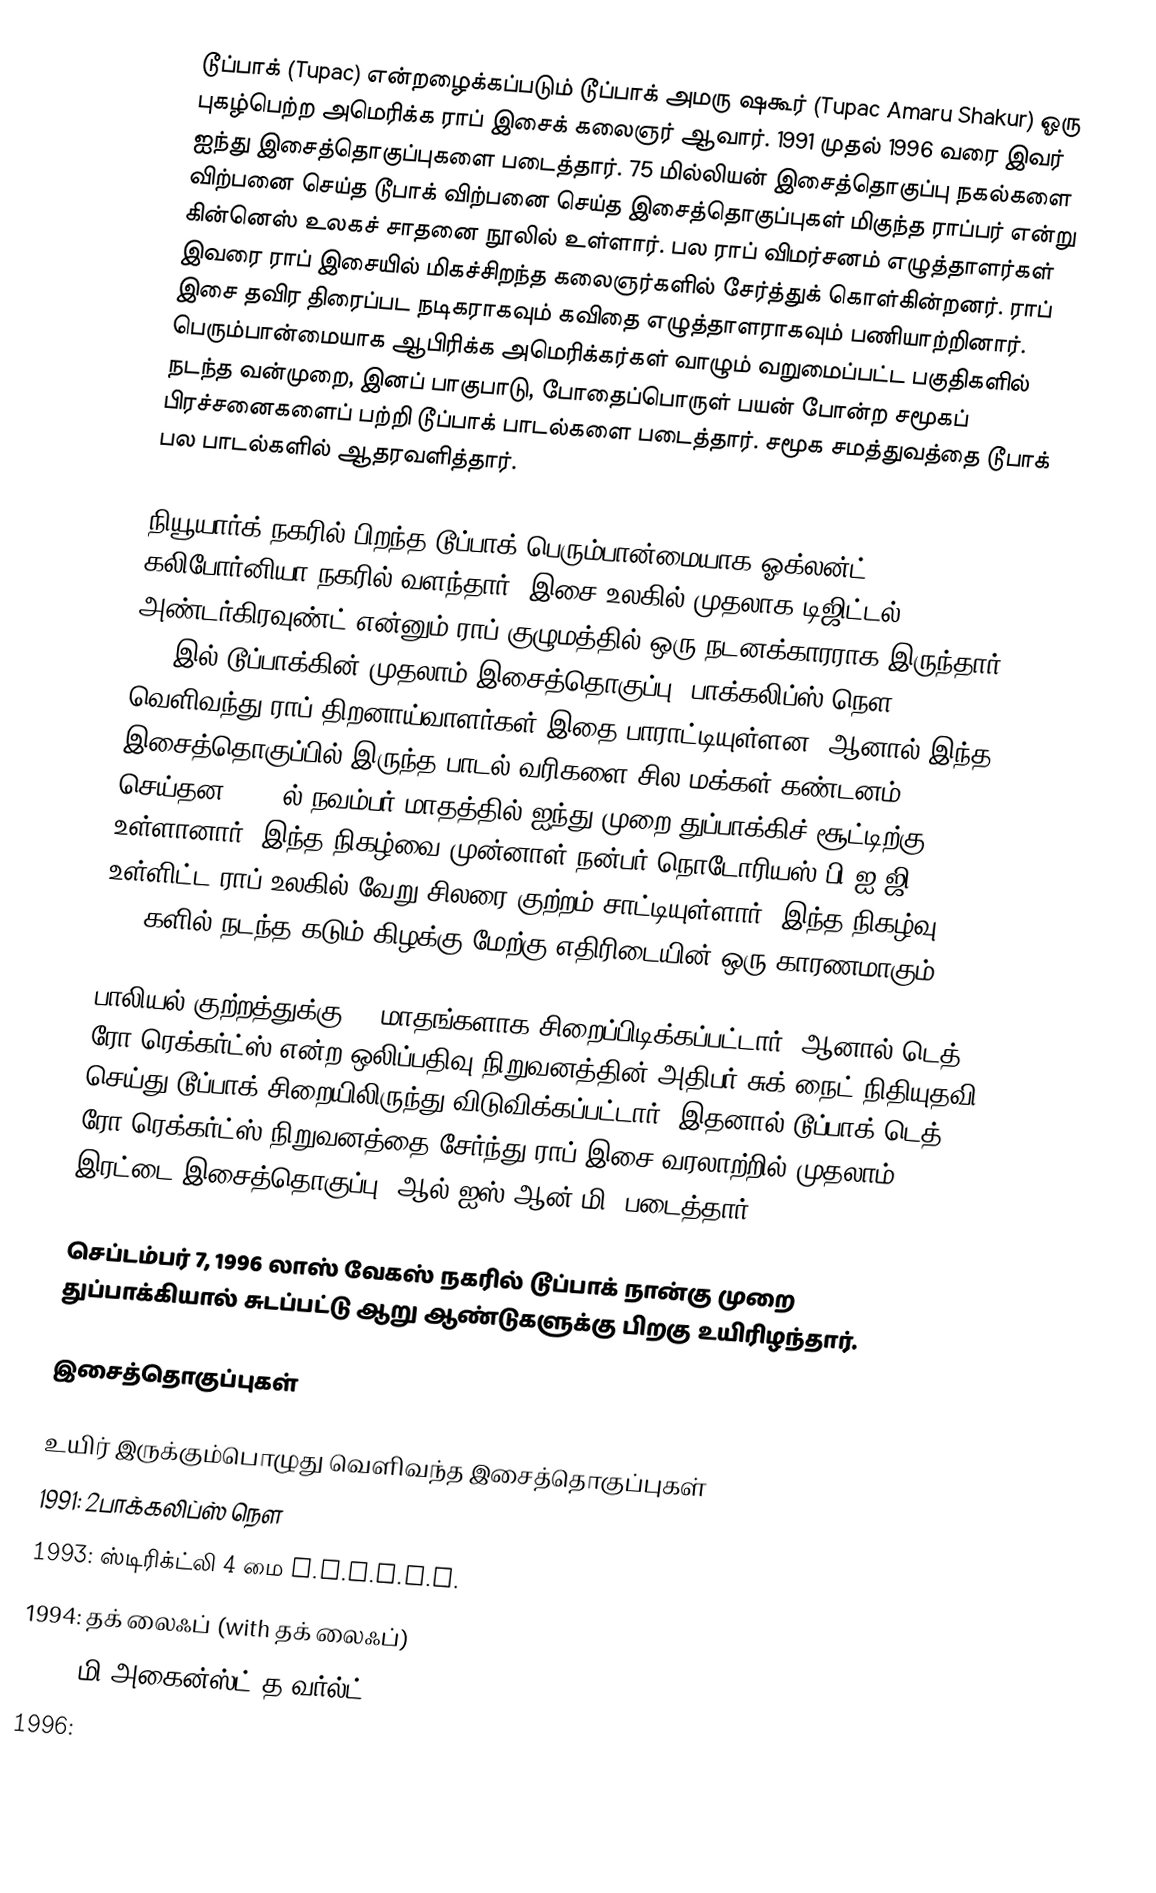
டூப்பாக் (Tupac) என்றழைக்கப்படும் டூப்பாக் அமரு ஷகூர் (Tupac Amaru Shakur) ஓரு புகழ்பெற்ற அமெரிக்க ராப் இசைக் கலைஞர் ஆவார். 1991 முதல் 1996 வரை இவர் ஐந்து இசைத்தொகுப்புகளை படைத்தார். 75 மில்லியன் இசைத்தொகுப்பு நகல்களை விற்பனை செய்த டூபாக் விற்பனை செய்த இசைத்தொகுப்புகள் மிகுந்த ராப்பர் என்று கின்னெஸ் உலகச் சாதனை நூலில் உள்ளார். பல ராப் விமர்சனம் எழுத்தாளர்கள் இவரை ராப் இசையில் மிகச்சிறந்த கலைஞர்களில் சேர்த்துக் கொள்கின்றனர். ராப் இசை தவிர திரைப்பட நடிகராகவும் கவிதை எழுத்தாளராகவும் பணியாற்றினார். பெரும்பான்மையாக ஆபிரிக்க அமெரிக்கர்கள் வாழும் வறுமைப்பட்ட பகுதிகளில் நடந்த வன்முறை, இனப் பாகுபாடு, போதைப்பொருள் பயன் போன்ற சமூகப் பிரச்சனைகளைப் பற்றி டூப்பாக் பாடல்களை படைத்தார். சமூக சமத்துவத்தை டூபாக் பல பாடல்களில் ஆதரவளித்தார்.

நியூயார்க் நகரில் பிறந்த டூப்பாக் பெரும்பான்மையாக ஓக்லன்ட், கலிபோர்னியா நகரில் வளந்தார். இசை உலகில் முதலாக டிஜிட்டல் அண்டர்கிரவுண்ட் என்னும் ராப் குழுமத்தில் ஒரு நடனக்காரராக இருந்தார். 1991இல் டூப்பாக்கின் முதலாம் இசைத்தொகுப்பு 2பாக்கலிப்ஸ் நௌ வெளிவந்து ராப் திறனாய்வாளர்கள் இதை பாராட்டியுள்ளன, ஆனால் இந்த இசைத்தொகுப்பில் இருந்த பாடல் வரிகளை சில மக்கள் கண்டனம் செய்தன. 1994ல் நவம்பர் மாதத்தில் ஐந்து முறை துப்பாக்கிச் சூட்டிற்கு உள்ளானார். இந்த நிகழ்வை முன்னாள் நன்பர் நொடோரியஸ் பி.ஐ.ஜி உள்ளிட்ட ராப் உலகில் வேறு சிலரை குற்றம் சாட்டியுள்ளார். இந்த நிகழ்வு 1990களில் நடந்த கடும் கிழக்கு-மேற்கு எதிரிடையின் ஒரு காரணமாகும்.

பாலியல் குற்றத்துக்கு 11 மாதங்களாக சிறைப்பிடிக்கப்பட்டார், ஆனால் டெத் ரோ ரெக்கர்ட்ஸ் என்ற ஒலிப்பதிவு நிறுவனத்தின் அதிபர் சுக் நைட் நிதியுதவி செய்து டூப்பாக் சிறையிலிருந்து விடுவிக்கப்பட்டார். இதனால் டூப்பாக் டெத் ரோ ரெக்கர்ட்ஸ் நிறுவனத்தை சேர்ந்து ராப் இசை வரலாற்றில் முதலாம் இரட்டை இசைத்தொகுப்பு, ஆல் ஐஸ் ஆன் மி, படைத்தார்.

செப்டம்பர் 7, 1996 லாஸ் வேகஸ் நகரில் டூப்பாக் நான்கு முறை துப்பாக்கியால் சுடப்பட்டு ஆறு ஆண்டுகளுக்கு பிறகு உயிரிழந்தார்.

இசைத்தொகுப்புகள்

உயிர் இருக்கும்பொழுது வெளிவந்த இசைத்தொகுப்புகள்
 1991: 2பாக்கலிப்ஸ் நௌ
 1993: ஸ்டிரிக்ட்லி 4 மை N.I.G.G.A.Z.
 1994: தக் லைஃப் (with தக் லைஃப்)
 1995: மி அகைன்ஸ்ட் த வர்ல்ட்
 1996: